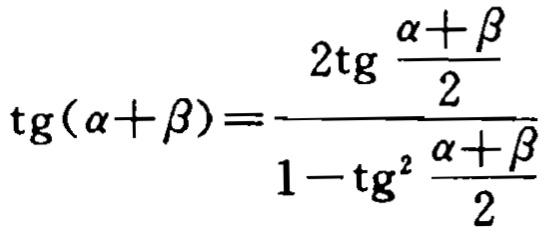
\(\mathrm{tg}(\alpha +\beta )=\frac{2\mathrm{tg}\frac{\alpha +\beta }{2}}{1 - \mathrm{tg}^{2}\frac{\alpha +\beta }{2}}\)